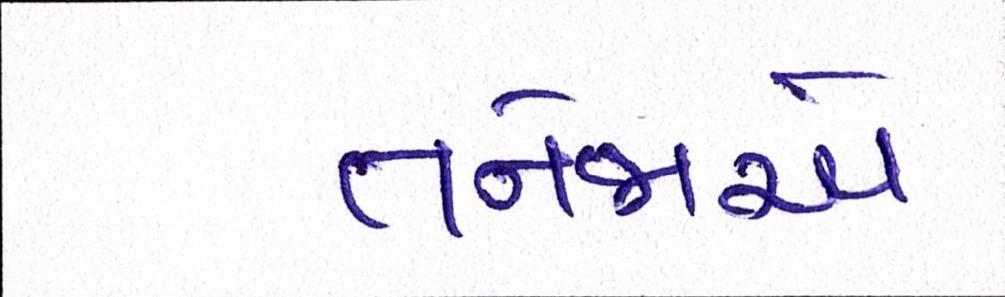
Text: તનેજાએ